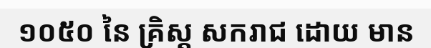
១០៥០ នៃ គ្រិស្ត សករាជ ដោយ មាន